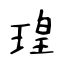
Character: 瑝